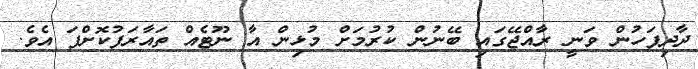
ދާދިފަހުން ވަނީ ރާއްޖޭގައި ބޭނުން ކުރުމަށް މުޅިން އާ ނޫޓެއް ތައާރަފުކޮށްފަ އެވެ.